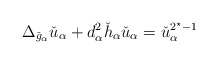
\begin{align*}\Delta_{\check{g}_\alpha} \check{u}_\alpha +d_\alpha^2 \check{h}_\alpha \check{u}_\alpha =\check{u}_\alpha^{2^\star-1}\end{align*}